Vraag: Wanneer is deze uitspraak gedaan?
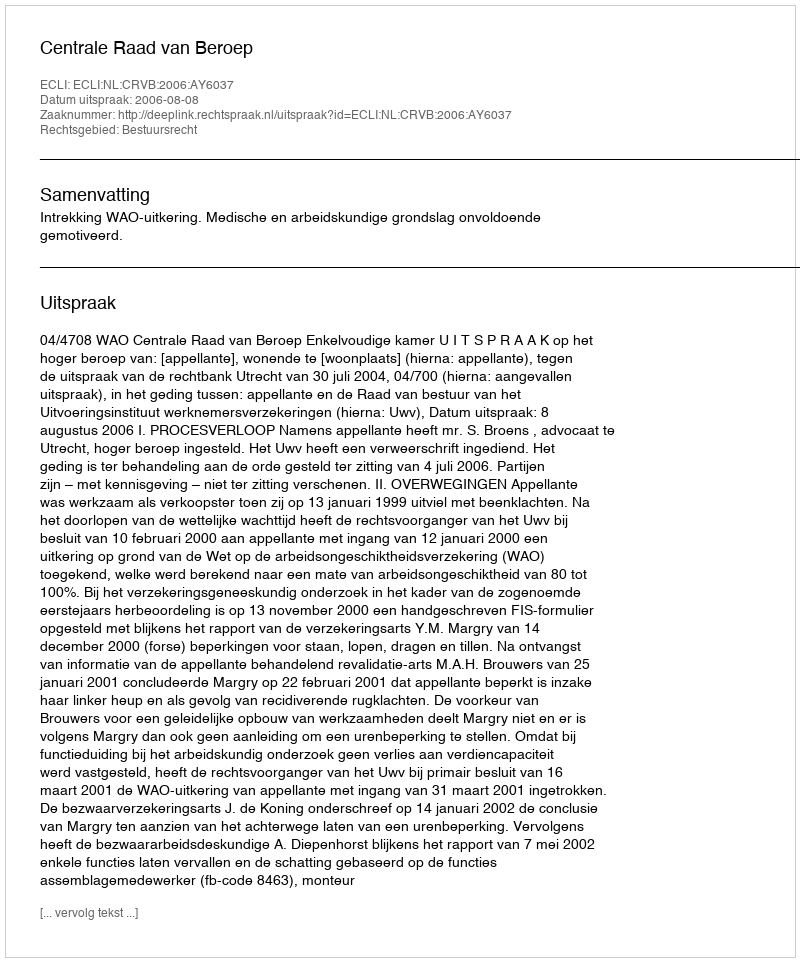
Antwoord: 2006-08-08